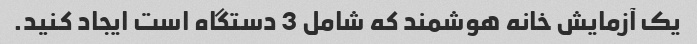
یک آزمایش خانه هوشمند که شامل 3 دستگاه است ایجاد کنید.